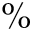
\%